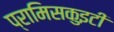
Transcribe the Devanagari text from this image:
प्रामिसकुइटी